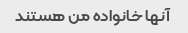
آنها خانواده من هستند